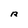
Character: R